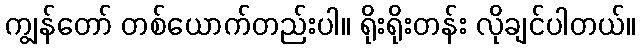
ကျွန်တော် တစ်ယောက်တည်းပါ။ ရိုးရိုးတန်း လိုချင်ပါတယ်။